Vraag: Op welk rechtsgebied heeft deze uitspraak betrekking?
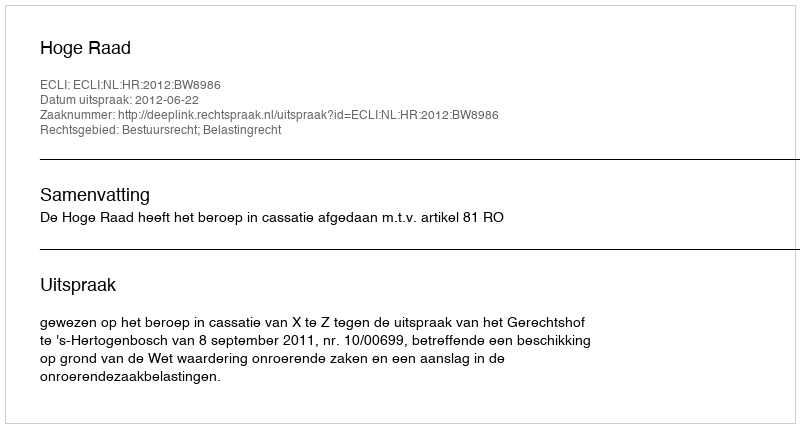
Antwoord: Bestuursrecht; Belastingrecht